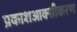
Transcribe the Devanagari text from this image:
प्रकाशआक्सीकरण